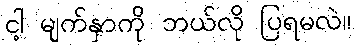
ငါ့ မျက်နှာကို ဘယ်လို ပြရမလဲ။